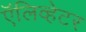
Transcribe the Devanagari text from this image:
ऍलिव्हेटर